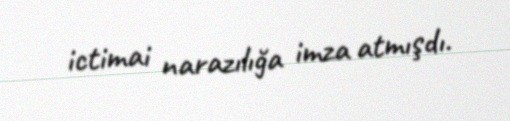
ictimai narazılığa imza atmışdı.